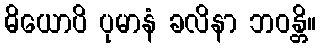
ဓိယောပိ ပုမာနံ ခလိနာ ဘဝန္တိ။